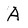
Character: A